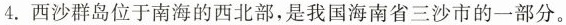
4.西沙群岛位于南海的西北部，是我国海南省三沙市的一部分。